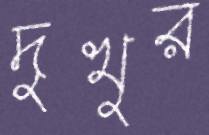
দুখুর